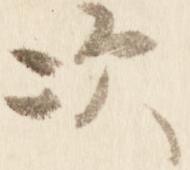
次